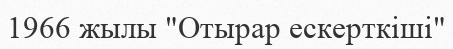
1966 жылы "Отырар ескерткіші"